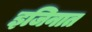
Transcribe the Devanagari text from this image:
इजिनात